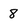
Character: 8